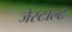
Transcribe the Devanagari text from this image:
जेस्टाल्ट